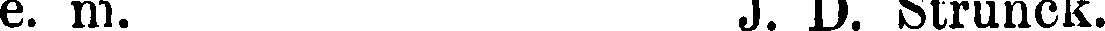
e. m. J. D. Strunck.